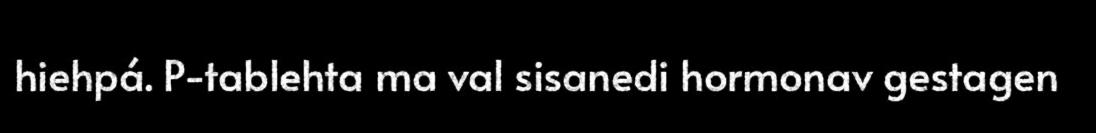
hiehpá. P-tablehta ma val sisanedi hormonav gestagen